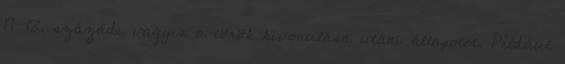
17-18. századi vagyis a török kivonulása utáni állapotot. Például